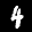
Label: 4